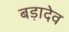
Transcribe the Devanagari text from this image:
बड़ादेव